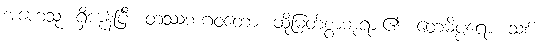
အဟေသု၊ ရှိကုန်ပြီ။ တဿဘဂဝတော၊ ထိုမြတ်စွာဘုရား၏။ တေမိပ္ပရော၊ သစ်